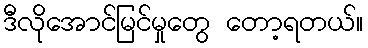
ဒီလိုအောင်မြင်မှုတွေ တော့ရတယ်။